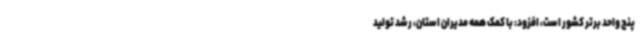
پنج واحد برتر کشور است، افزود: با کمک همه مدیران استان، رشد تولید